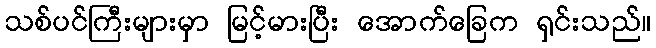
သစ်ပင်ကြီးများမှာ မြင့်မားပြီး အောက်ခြေက ရှင်းသည်။